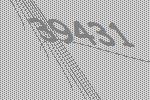
39431